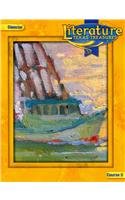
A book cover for Literature: Course 5: Texas Treasures; Teen & Young Adult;